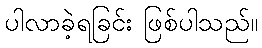
ပါလာခဲ့ရခြင်း ဖြစ်ပါသည်။